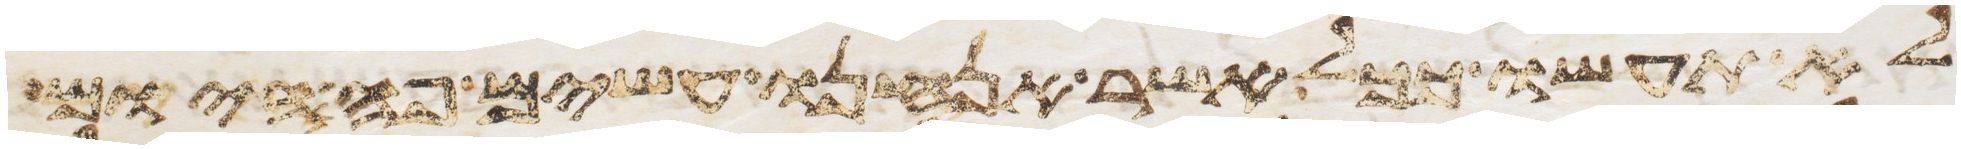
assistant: לא תעשו ככל אשר אנחנו עשים פה היום